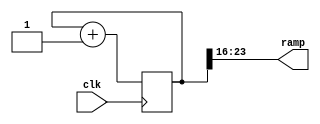
`timescale 1ns / 1ps
module rampgen(clk,ramp);

output [7:0] ramp;
reg [31:0] count;
input clk;

initial count = 0;

always@(posedge clk)
	begin 

	count= count+1;
   end
	assign ramp = count [23:16];

endmodule